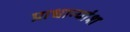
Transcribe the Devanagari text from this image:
प्राधान्यांश